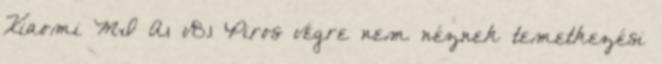
Xiaomi MI A1 v8.1 Piros végre nem néznek temetkezési